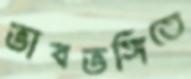
ভাবভঙ্গিতে